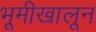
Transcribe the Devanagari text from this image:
भूमीखालून